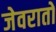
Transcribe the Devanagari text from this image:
जेवरातों